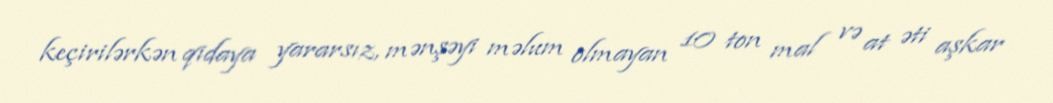
keçirilərkən qidaya yararsız, mənşəyi məlum olmayan 10 ton mal və at əti aşkar